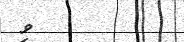
ވި